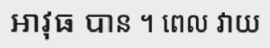
អាវុធ បាន ។ ពេល វាយ